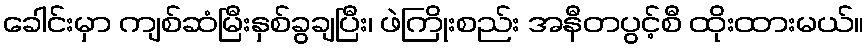
ခေါင်းမှာ ကျစ်ဆံမြီးနှစ်ခွချပြီး၊ ဖဲကြိုးစည်း အနီတပွင့်စီ ထိုးထားမယ်။